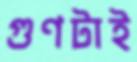
গুণটাই